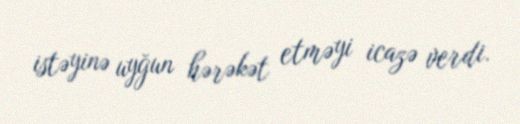
istəyinə uyğun hərəkət etməyi icazə verdi.